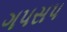
ગપસપ